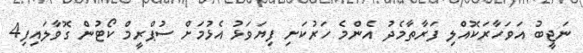
ނަޖީބު އަވަހާރަކޮއްލި ފަރާތާމެދު އެންމެ ހަރުކަށި ފިޔަވަޅު އެޅުމަށް ސުޕްރީމް ކޯޓުން ގޮވާލައިފި4